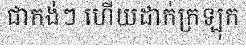
ជាកង់ៗ ហើយដាក់ក្រឡុក